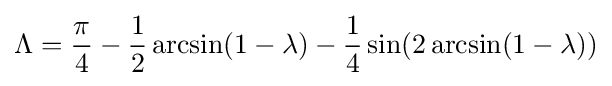
\Lambda ={\pi  \over 4}-{1 \over 2}\arcsin(1-\lambda )-{1 \over 4}\sin(2\arcsin(1-\lambda ))